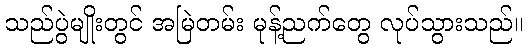
သည်ပွဲမျိုးတွင် အမြဲတမ်း မုန့်ညက်တွေ လုပ်သွားသည်။